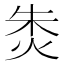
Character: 𰞐